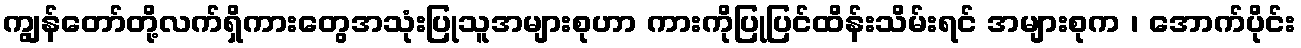
ကျွန်တော်တို့လက်ရှိကားတွေအသုံးပြုသူအများစုဟာ ကားကိုပြုပြင်ထိန်းသိမ်းရင် အများစုက ၊ အောက်ပိုင်း